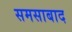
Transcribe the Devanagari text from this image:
समसाबाद